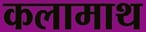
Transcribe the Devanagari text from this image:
कलामाथ